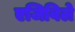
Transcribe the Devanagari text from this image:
एजिविले